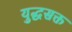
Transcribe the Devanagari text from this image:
युद्धसक्त